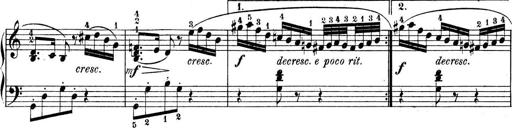
Title: 9 Sonatinen
Composer: Alexander Winterberger